Scottish Leaving Certificate Examination, 1951
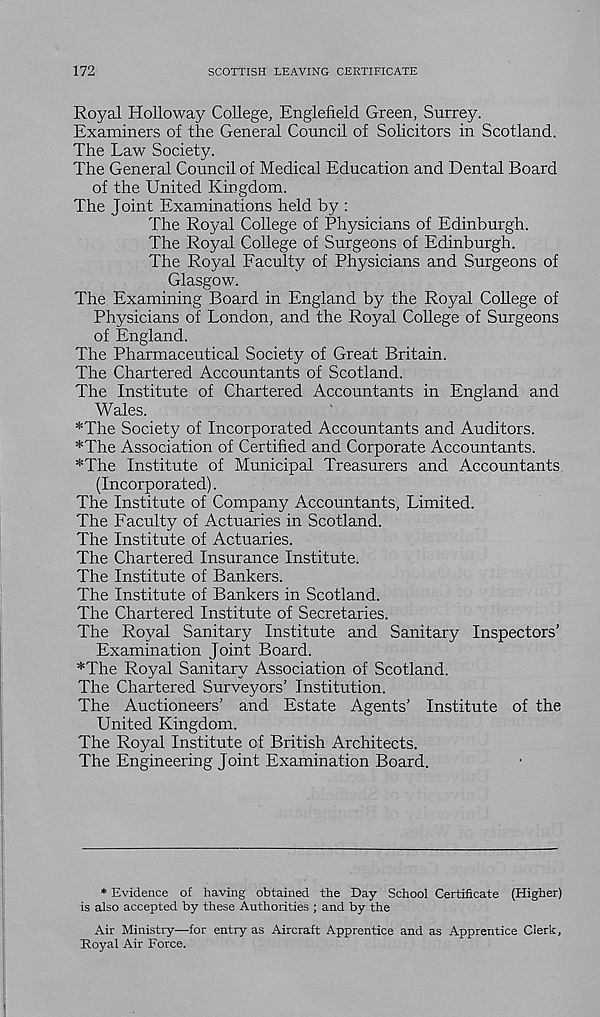
172
SCOTTISH LEAVING CERTIFICATE
Royal Holloway College, Englefield Green, Surrey.
Examiners of the General Council of Solicitors in Scotland.
The Law Society.
The General Council of Medical Education and Dental Board
of the United Kingdom.
The Joint Examinations held by :
The Royal College of Physicians of Edinburgh.
The Royal College of Surgeons of Edinburgh.
The Royal Faculty of Physicians and Surgeons of
Glasgow.
The Examining Board in England by the Royal College of
Physicians of London, and the Royal College of Surgeons
of England.
The Pharmaceutical Society of Great Britain.
The Chartered Accountants of Scotland.
The Institute of Chartered Accountants in England and
Wales.
*The Society of Incorporated Accountants and Auditors.
*The Association of Certified and Corporate Accountants.
*The Institute of Municipal Treasurers and Accountants
(Incorporated).
The Institute of Company Accountants, Limited.
The Faculty of Actuaries in Scotland.
The Institute of Actuaries.
The Chartered Insurance Institute.
The Institute of Bankers.
The Institute of Bankers in Scotland.
The Chartered Institute of Secretaries.
The Royal Sanitary Institute and Sanitary Inspectors’
Examination Joint Board.
*The Royal Sanitary Association of Scotland.
The Chartered Surveyors’ Institution.
The Auctioneers’ and Estate Agents’ Institute of the
United Kingdom.
The Royal Institute of British Architects.
The Engineering Joint Examination Board.
* Evidence of having obtained the Day School Certificate (Higher)
is also accepted by these Authorities ; and by the
Air Ministry—for entry as Aircraft Apprentice and as Apprentice Clerk,
Royal Air Force.